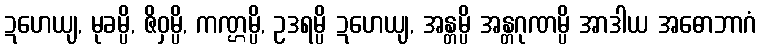
ဍဟေယျ, မုခမ္ပိ, ဇိဝှမ္ပိ, ကဏ္ဌမ္ပိ, ဥဒရမ္ပိ ဍဟေယျ, အန္တမ္ပိ အန္တဂုဏမ္ပိ အာဒါယ အဓောဘာဂံ